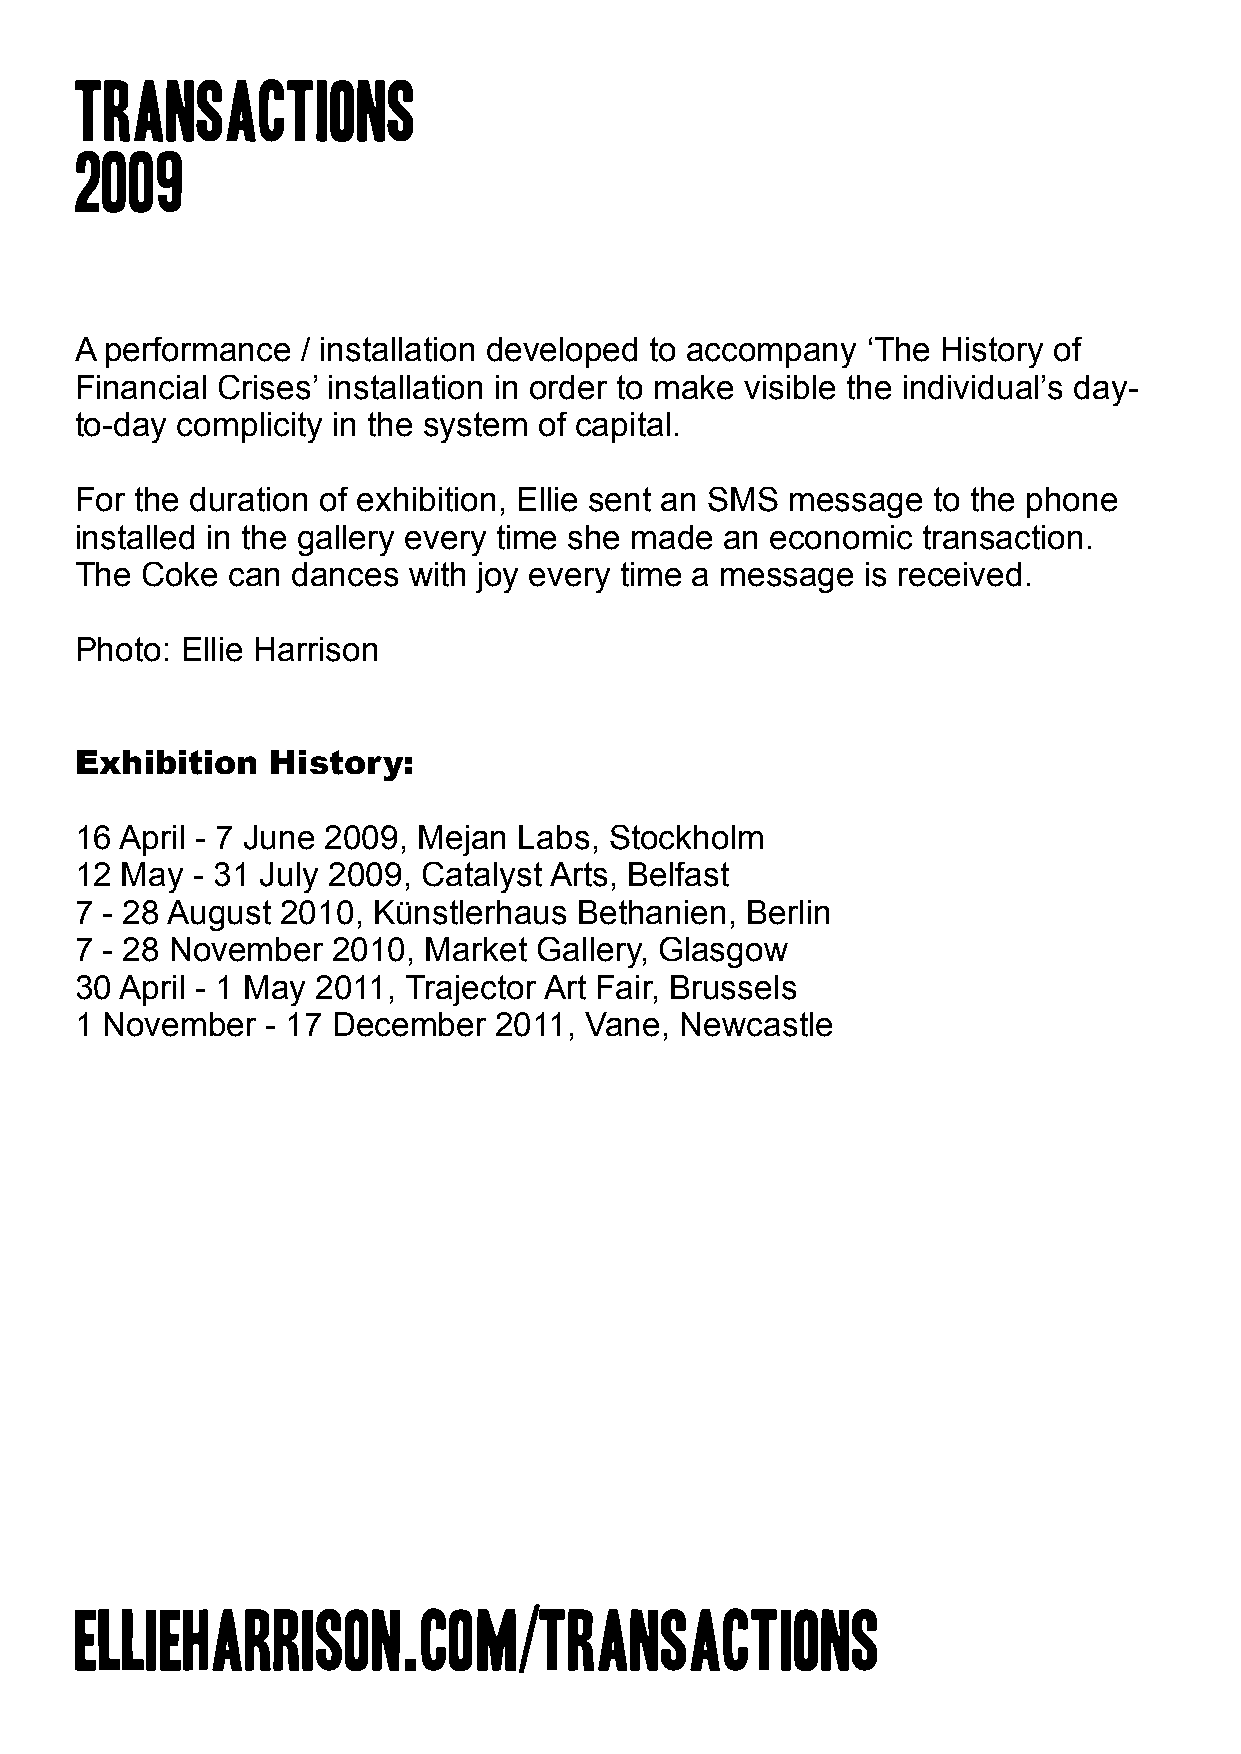
Transactions
 2009
 A performance  / installation developed to accompany ‘The History of
 Financial Crises’ installation in order to make visible the individual’s day-
 to-day complicity in the system of capital.
 For the duration of exhibition, Ellie sent an SMS message to the phone
 installed in the gallery every time she made an economic transaction.
 The Coke  can dances  with joy every time a message is received.
 Photo: Ellie Harrison
 Exhibition   History:
 16 April - 7 June 2009, Mejan Labs, Stockholm
 12 May  - 31 July 2009, Catalyst Arts, Belfast
 7 - 28 August 2010, Künstlerhaus Bethanien, Berlin
 7 - 28 November  2010, Market  Gallery, Glasgow
 30 April - 1 May 2011, Trajector Art Fair, Brussels
 1 November   - 17 December  2011, Vane, Newcastle
 ellieharrison.com/transactions